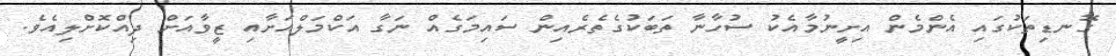
ގޮނޑިތަކުގައި އެންމެން އިށީނުމާއެކު ސުހާނާ ތަބަކުގެތެރެއިން ސައިމަގެއް ނަގާ އަކްމަލްއަށާއި ޒީވާއަށް ދިއްކޮށްލިއެވެ.